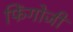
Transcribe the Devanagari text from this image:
फिंगोजी